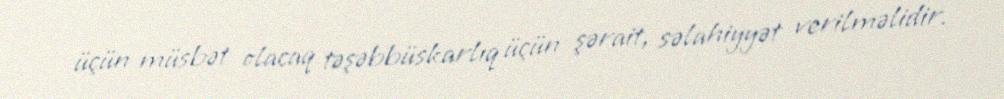
üçün müsbət olacaq təşəbbüskarlıq üçün şərait, səlahiyyət verilməlidir.